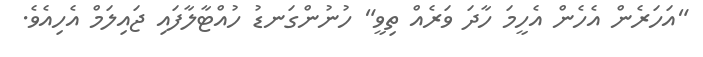
"އަހަރެން އެހެން އެހީމަ ހާދަ ވަރެއް ތިވީ" ހުނުންގަނޑު ހުއްޓާލާފައި ޖައިލަމް އެހިއެވެ.